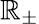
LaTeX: \mathbb{R}_{\pm}